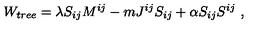
W _ { t r e e } = \lambda S _ { i j } M ^ { i j } - m J ^ { i j } S _ { i j } + \alpha S _ { i j } S ^ { i j } \ ,